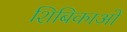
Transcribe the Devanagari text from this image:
शिबिकाओं